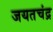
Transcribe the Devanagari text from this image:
जयतचंद्र